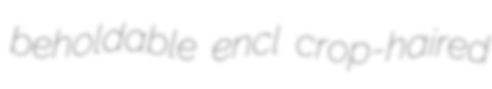
beholdable encl crop-haired